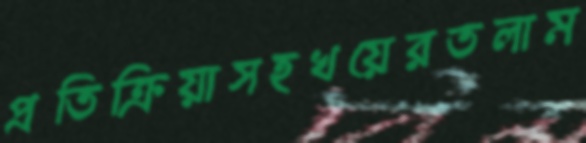
প্রতিক্রিয়াসহখয়েরতলাম